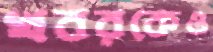
খবরকেও